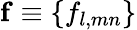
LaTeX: \mathbf{f}\equiv\{ f_{l,mn}\}